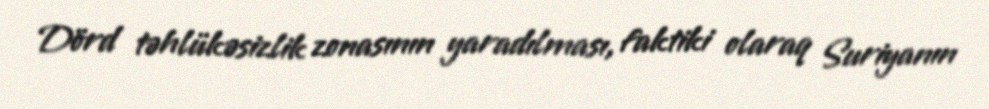
Dörd təhlükəsizlik zonasının yaradılması, faktiki olaraq Suriyanın